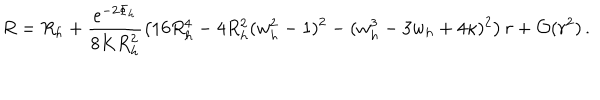
R = R _ { h } + \frac { e ^ { - 2 \Phi _ { h } } } { 8 K R _ { h } ^ { 2 } } \left( 1 6 R _ { h } ^ { 4 } - 4 R _ { h } ^ { 2 } ( w _ { h } ^ { 2 } - 1 ) ^ { 2 } - ( w _ { h } ^ { 3 } - 3 w _ { h } + 4 \kappa ) ^ { 2 } \right) r + { \cal O } ( r ^ { 2 } ) \, .